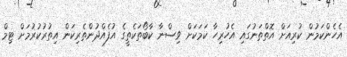
އެހެންކަމުން ކުރިއަށް އޮތްތަނުގައި އެހުރިހާ ކަމަކަށް ވިސްނާ ކާބޯތަކެތީގެ އުފެއްދުންތެރިކަން އިތުރުކުރުމަށް ޓިމް